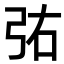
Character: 𫸫